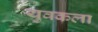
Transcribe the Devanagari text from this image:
युवकला